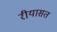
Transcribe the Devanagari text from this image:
रीयासत